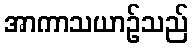
အာကာသယာဉ်သည်